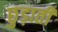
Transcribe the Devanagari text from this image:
छुड़ाती